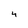
Character: 4